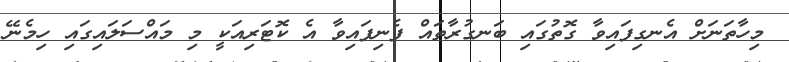
މިހާތަނަށް އެނގިފައިވާ ގޮތުގައި ބަނގުރާތައް ފެނިފައިވާ އެ ކޮޓަރިއަކީ މި މައްސަލައިގައި ހިމެނޭ